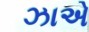
ઝાએ